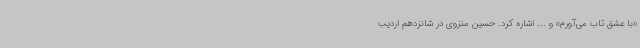
«با عشق تاب می‌آورم» و ... اشاره کرد. حسین منزوی در شانزدهم اردیب